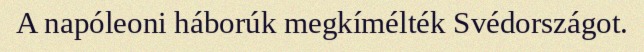
A napóleoni háborúk megkímélték Svédországot.